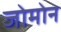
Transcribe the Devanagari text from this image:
जोमोन